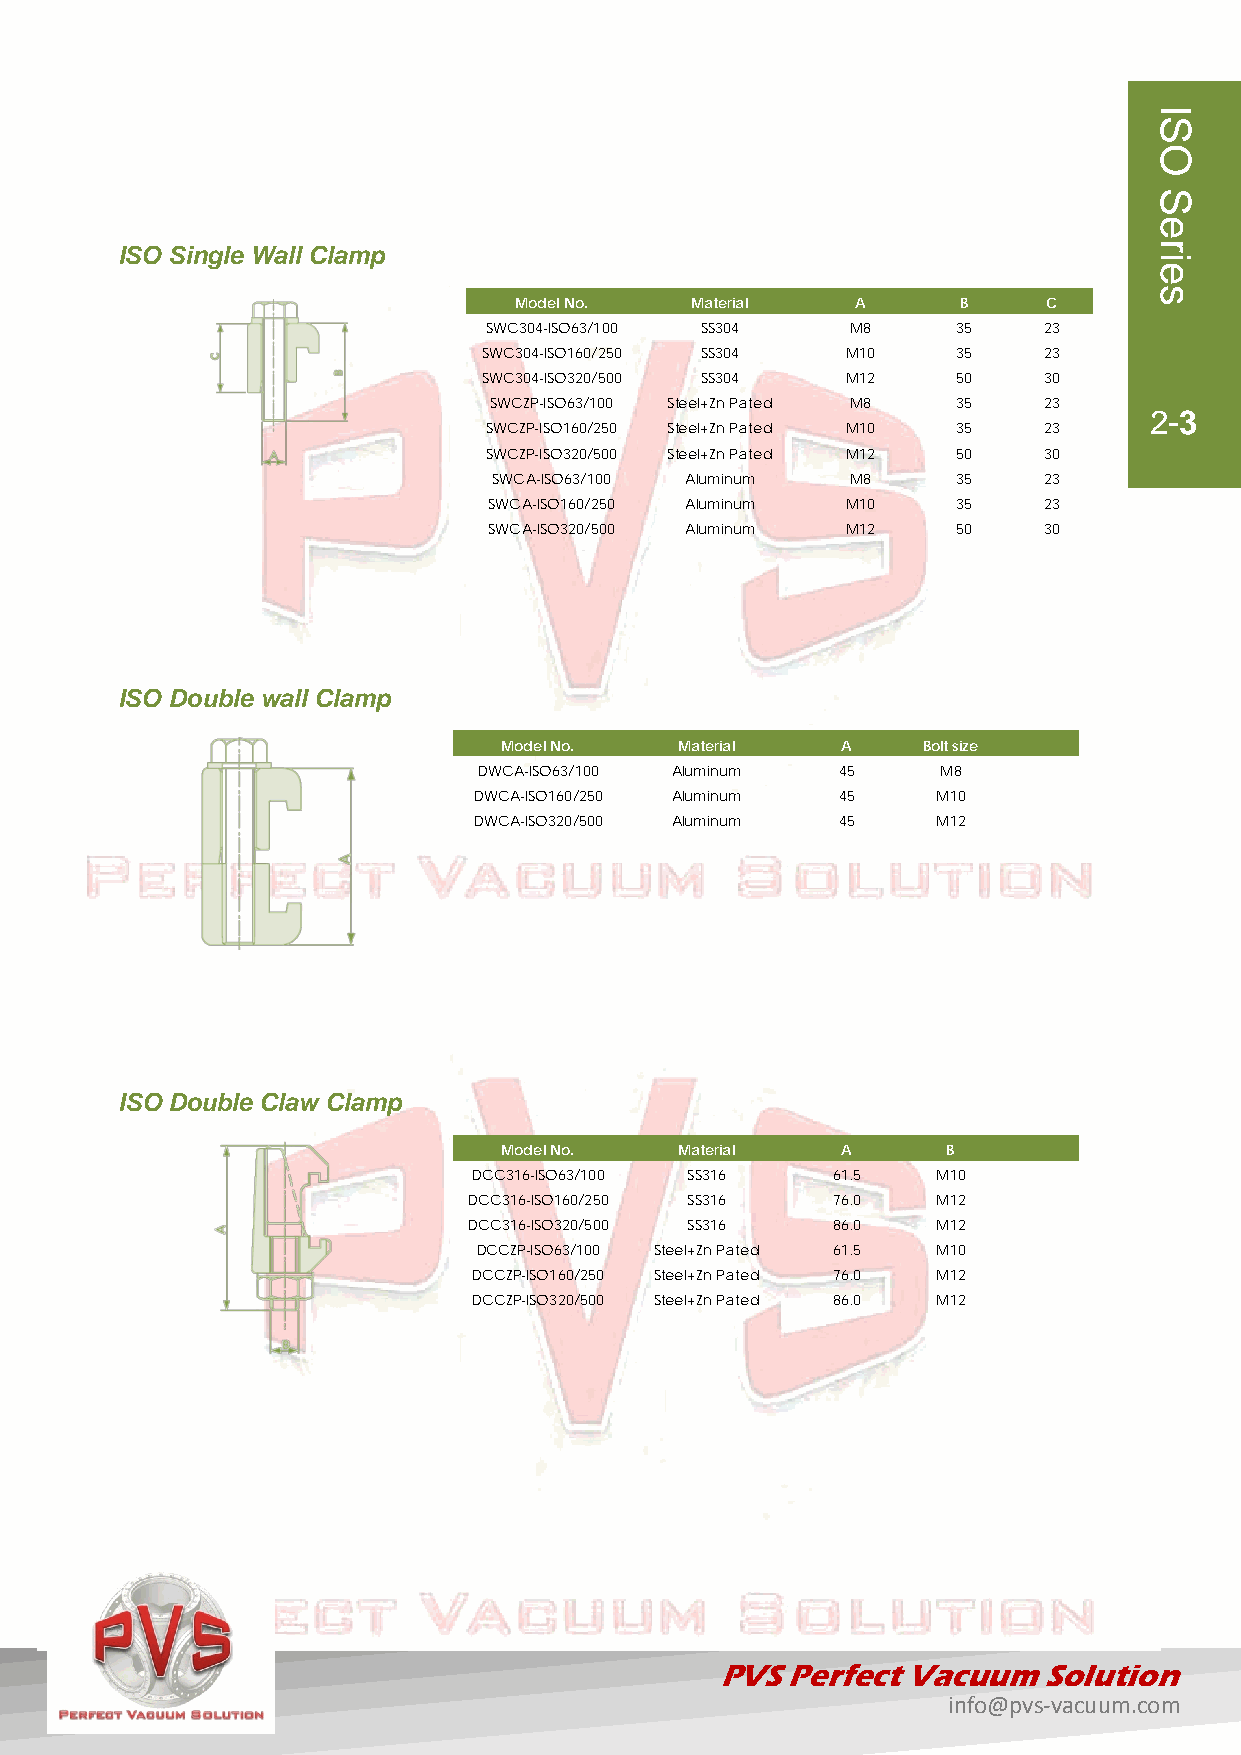
ISO Single Wall Clamp
 Model No.   Material   A      B    C
 SWC304-ISO63/100 SS304  M8     35    23
 SWC304-ISO160/250 SS304 M10    35    23
 SWC304-ISO320/500 SS304 M12    50    30
 SWCZP-ISO63/100 Steel+Zn Pated M8 35 23
 2-3
 SWCZP-ISO160/250 Steel+Zn Pated M10 35 23
 SWCZP-ISO320/500 Steel+Zn Pated M12 50 30
 SWCA-ISO63/100 Aluminum M8    35    23
 SWCA-ISO160/250 Aluminum M10   35    23
 SWCA-ISO320/500 Aluminum M12   50    30
 ISO Double wall Clamp
 Model No.   Material   A    Bolt size
 DWCA-ISO63/100 Aluminum 45    M8
 DWCA-ISO160/250 Aluminum 45    M10
 DWCA-ISO320/500 Aluminum 45    M12
 ISO Double Claw Clamp
 Model No.   Material   A      B
 DCC316-ISO63/100 SS316  61.5   M10
 DCC316-ISO160/250 SS316 76.0   M12
 DCC316-ISO320/500 SS316 86.0   M12
 DCCZP-ISO63/100 Steel+Zn Pated 61.5 M10
 DCCZP-ISO160/250 Steel+Zn Pated 76.0 M12
 DCCZP-ISO320/500 Steel+Zn Pated 86.0 M12
 PVS Perfect Vacuum   Solution
 info@pvs-vacuum.com
 ISO
 Series